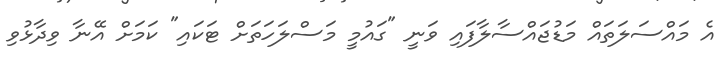
އެ މައްސަލަތައް މަޑުޖައްސާލާފައި ވަނީ "ގައުމީ މަސްލަހަތަށް ޓަކައި" ކަމަށް އޭނާ ވިދާޅުވި